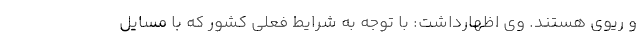
و ریوی هستند. وی اظهارداشت: با توجه به شرایط فعلی کشور که با مسایل